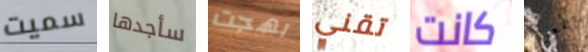
سميت سأجدها بهجت تقني كانت بطعن